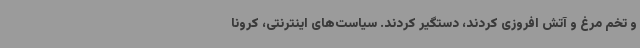
و تخم مرغ و آتش افروزی کردند، دستگیر کردند. سیاست‌های اینترنتی، کرونا